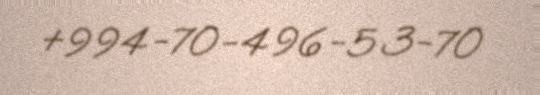
+994-70-496-53-70